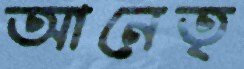
আনেতৃ